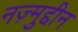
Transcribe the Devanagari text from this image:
नज़्मुद्दीन